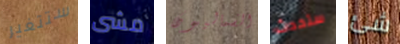
ستتغير مشى الشماليون ستحدث شئ